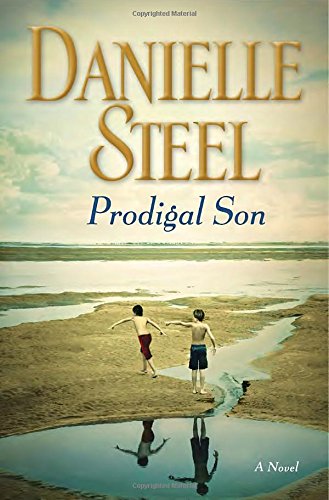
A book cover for Prodigal Son: A Novel; Danielle Steel; Romance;